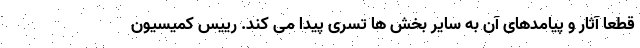
قطعا آثار و پیامدهای آن به سایر بخش ها تسری پیدا می کند. رییس کمیسیون